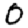
Digit: 0